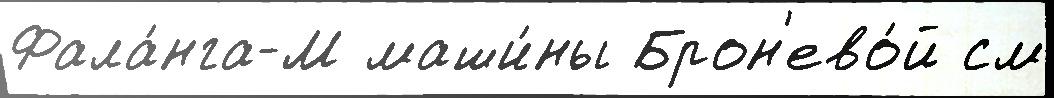
Фала́нга-М маши́ны Брон'ево́й см